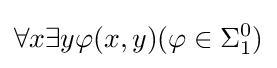
\forall x\exists y\varphi (x,y)(\varphi \in \Sigma _{1}^{0})